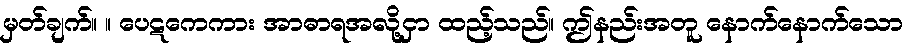
မှတ်ချက်။ ။ ပေဋကေကား အာဓာရအလို့ငှာ ထည့်သည်။ ဤနည်းအတူ နောက်နောက်သော